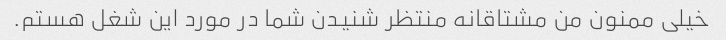
خیلی ممنون من مشتاقانه منتظر شنیدن شما در مورد این شغل هستم.